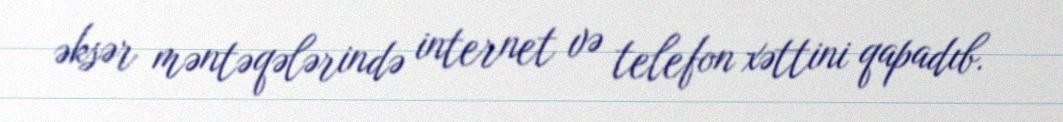
əksər məntəqələrində internet və telefon xəttini qapadıb.